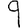
Digit: 9